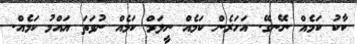
ކާކު ކަމެއް ނޭނގޭ. އަހަރެން ކަމެއް ނީލަމް ކަމެއް ނުވަތަ އައްމު ކަމެއް.